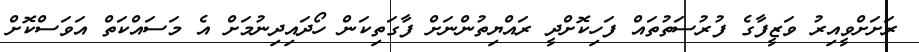
ރަށަށްވީއިރު ވަޒީފާގެ ފުރުސަތުތައް ފަހިކޮށްދީ ރައްޔިތުންނަށް ފާގަތިކަން ހޯދައިދިނުމަށް އެ މަސައްކަތް އަވަސްކޮށް